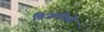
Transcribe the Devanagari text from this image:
विजलीची